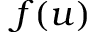
f ( u )